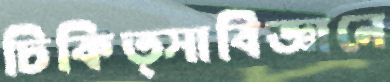
চিকিত্সাবিজ্ঞানে